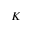
K